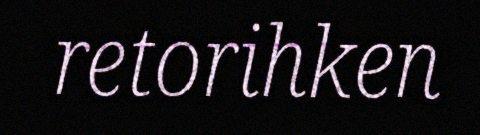
retorihken